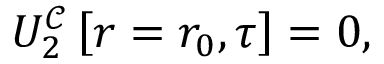
U _ { 2 } ^ { \mathcal { C } } \left[ r = r _ { 0 } , \tau \right] = 0 ,